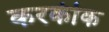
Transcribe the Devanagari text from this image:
करकीक